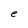
Character: e